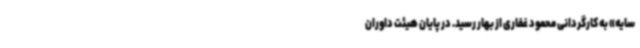
سایه» به کارگردانی محمود غفاری از بهار رسید. در پایان هیئت داوران